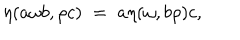
\eta ( a \omega b , \rho c ) \; = \; a \eta ( \omega , b \rho ) c ,